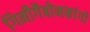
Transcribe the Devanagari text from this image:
गिनीगैबोनकांगो